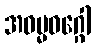
အဓမ္မဝဂ္ဂေါ